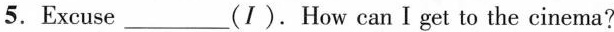
5.Excuse____(I).How can Iget to the cinema?